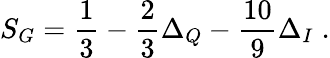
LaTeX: S_{G}=\frac{1}{3}-\frac{2}{3}\Delta_{Q}-\frac{10}{9}\Delta_{I}\; .